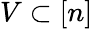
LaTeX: V\subset[n]